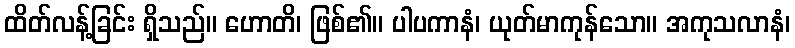
ထိတ်လန့်ခြင်း ရှိသည်။ ဟောတိ၊ ဖြစ်၏။ ပါပကာနံ၊ ယုတ်မာကုန်သော။ အကုသလာနံ၊